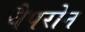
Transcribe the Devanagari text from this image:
चैपरोन